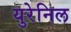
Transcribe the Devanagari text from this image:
युरेनिल